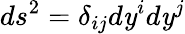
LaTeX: ds^{2}=\delta_{ij}d\mathit{y}^{i}d\mathit{y}^{j}